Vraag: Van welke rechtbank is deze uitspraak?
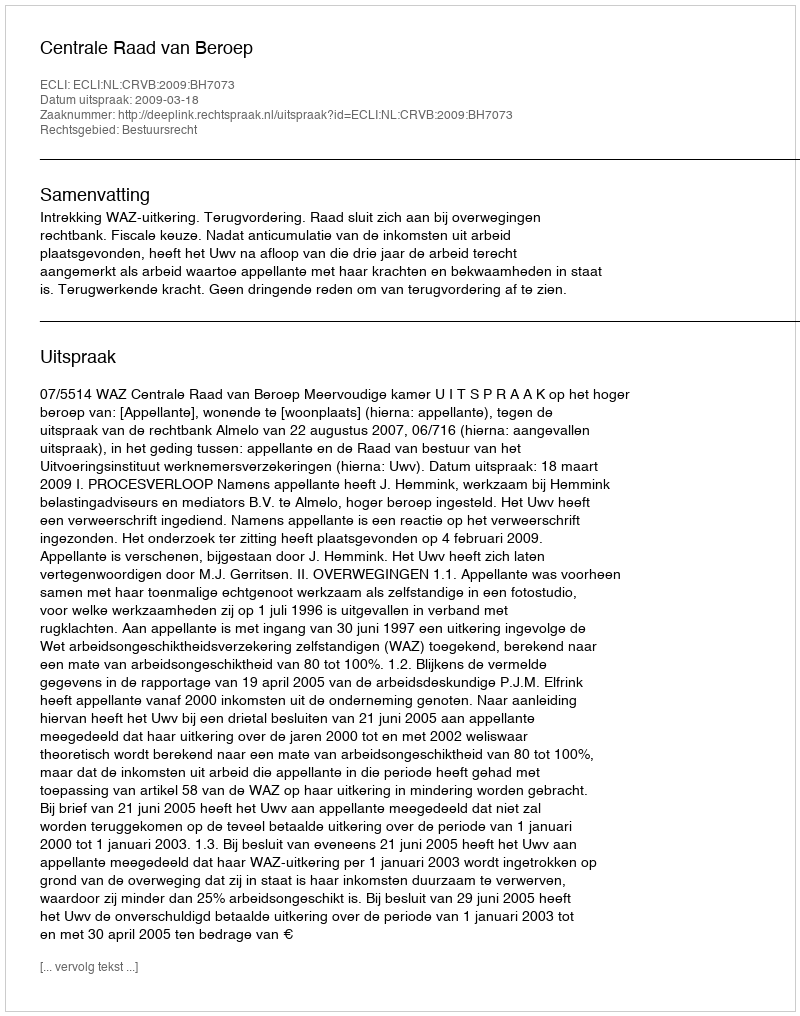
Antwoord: Centrale Raad van Beroep